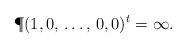
LaTeX: \begin{align*}\P(1, 0, \,\ldots,\,0,0)^t=\infty.\end{align*}